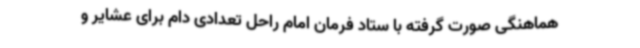
هماهنگی صورت گرفته با ستاد فرمان امام راحل تعدادی دام برای عشایر و